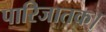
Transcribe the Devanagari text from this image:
पारिजातक।